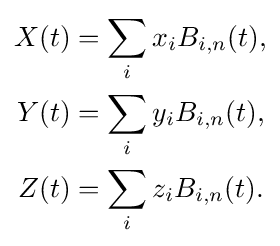
{\begin{aligned}X(t)&=\sum _{i}x_{i}B_{i,n}(t),\\Y(t)&=\sum _{i}y_{i}B_{i,n}(t),\\Z(t)&=\sum _{i}z_{i}B_{i,n}(t).\end{aligned}}